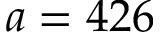
a = 4 2 6